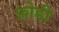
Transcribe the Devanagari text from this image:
फ़ोडी